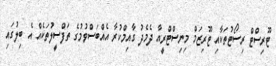
ޓޫރިސްޓް ރިސޯޓުތަކާއި ޓޫރިޒަމް މިނިސްޓްރީއާ ދެމެދު ގާއިމްކުރާ އެއްބަސްވުމުގެ ތަފްސީލުތަކެއް އެ ބިލުގައި